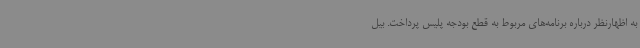
به اظهارنظر درباره برنامه‌های مربوط به قطع بودجه پلیس پرداخت. بیل